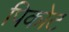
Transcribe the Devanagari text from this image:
पिकोट